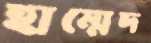
হাম্মেদ